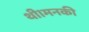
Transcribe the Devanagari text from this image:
थी।मनकी